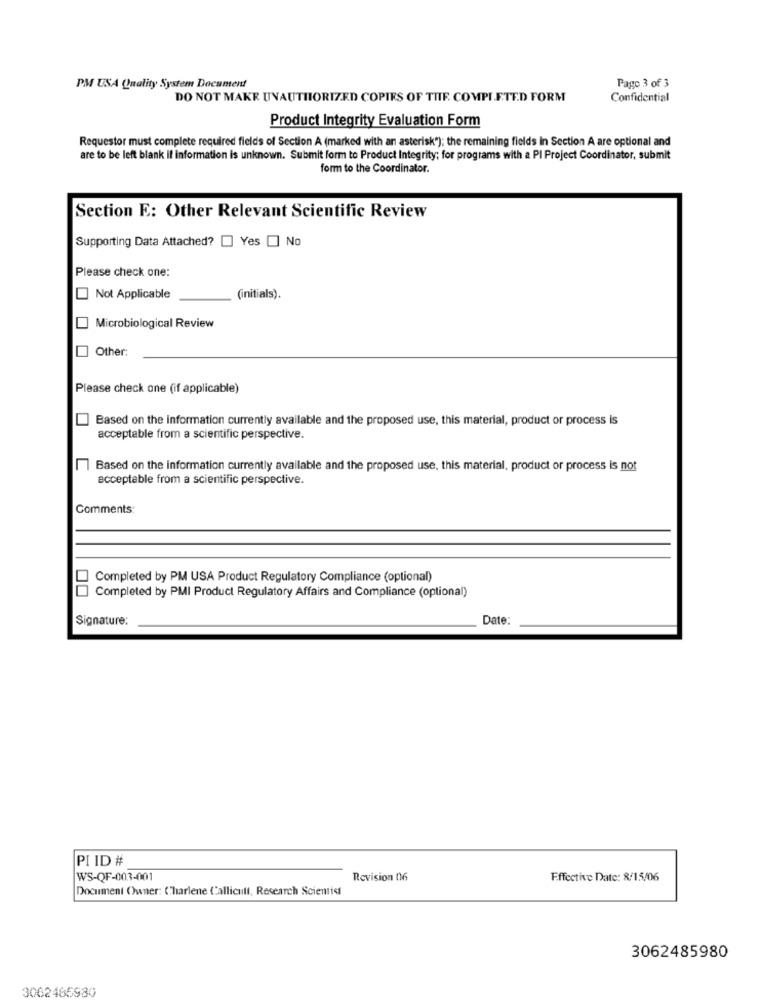
PM USA Quality System Document
Pago 3 of 3
DO NOT MAKE UNAUTHORIZED COPIES OF THE COMPLETED FORM
Confidential
Product Integrity Evaluation Form
Requestor must complete required fields of Section A (marked with an asterisk"); the remaining fields in Section A are optional and
are to be left blank if information is unknown. Submit form to Product Integrity; for programs with a PI Project Coordinator, submit
form to the Coordinator.
Section E: Other Relevant Scientific Review
Supporting Data Attached? [] Yes [] No
Please check one:
Not Applicable
(initials).
Microbiological Review
Other:
Please check one (if applicable)
Based on the information currently available and the proposed use, this material, product or process is
acceptable from a scientific perspective.
Based on the information currently available and the proposed use, this material, product or process is not
acceptable from a scientific perspective.
Comments:
Completed by PM USA Product Regulatory Compliance (optional)
Completed by PMI Product Regulatory Affairs and Compliance (optional)
Signature:
Date:
PI ID #
WS-QF-003-001
Revision 06
Effective Date: 8/15/06
Document Owner: Charlene Callicull, Research Scientist
3062485980
3062465980